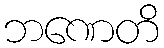
ဘဏေတိ